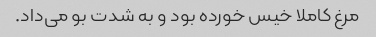
مرغ کاملا خیس خورده بود و به شدت بو می‌داد.